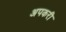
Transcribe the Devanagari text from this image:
अपकरी